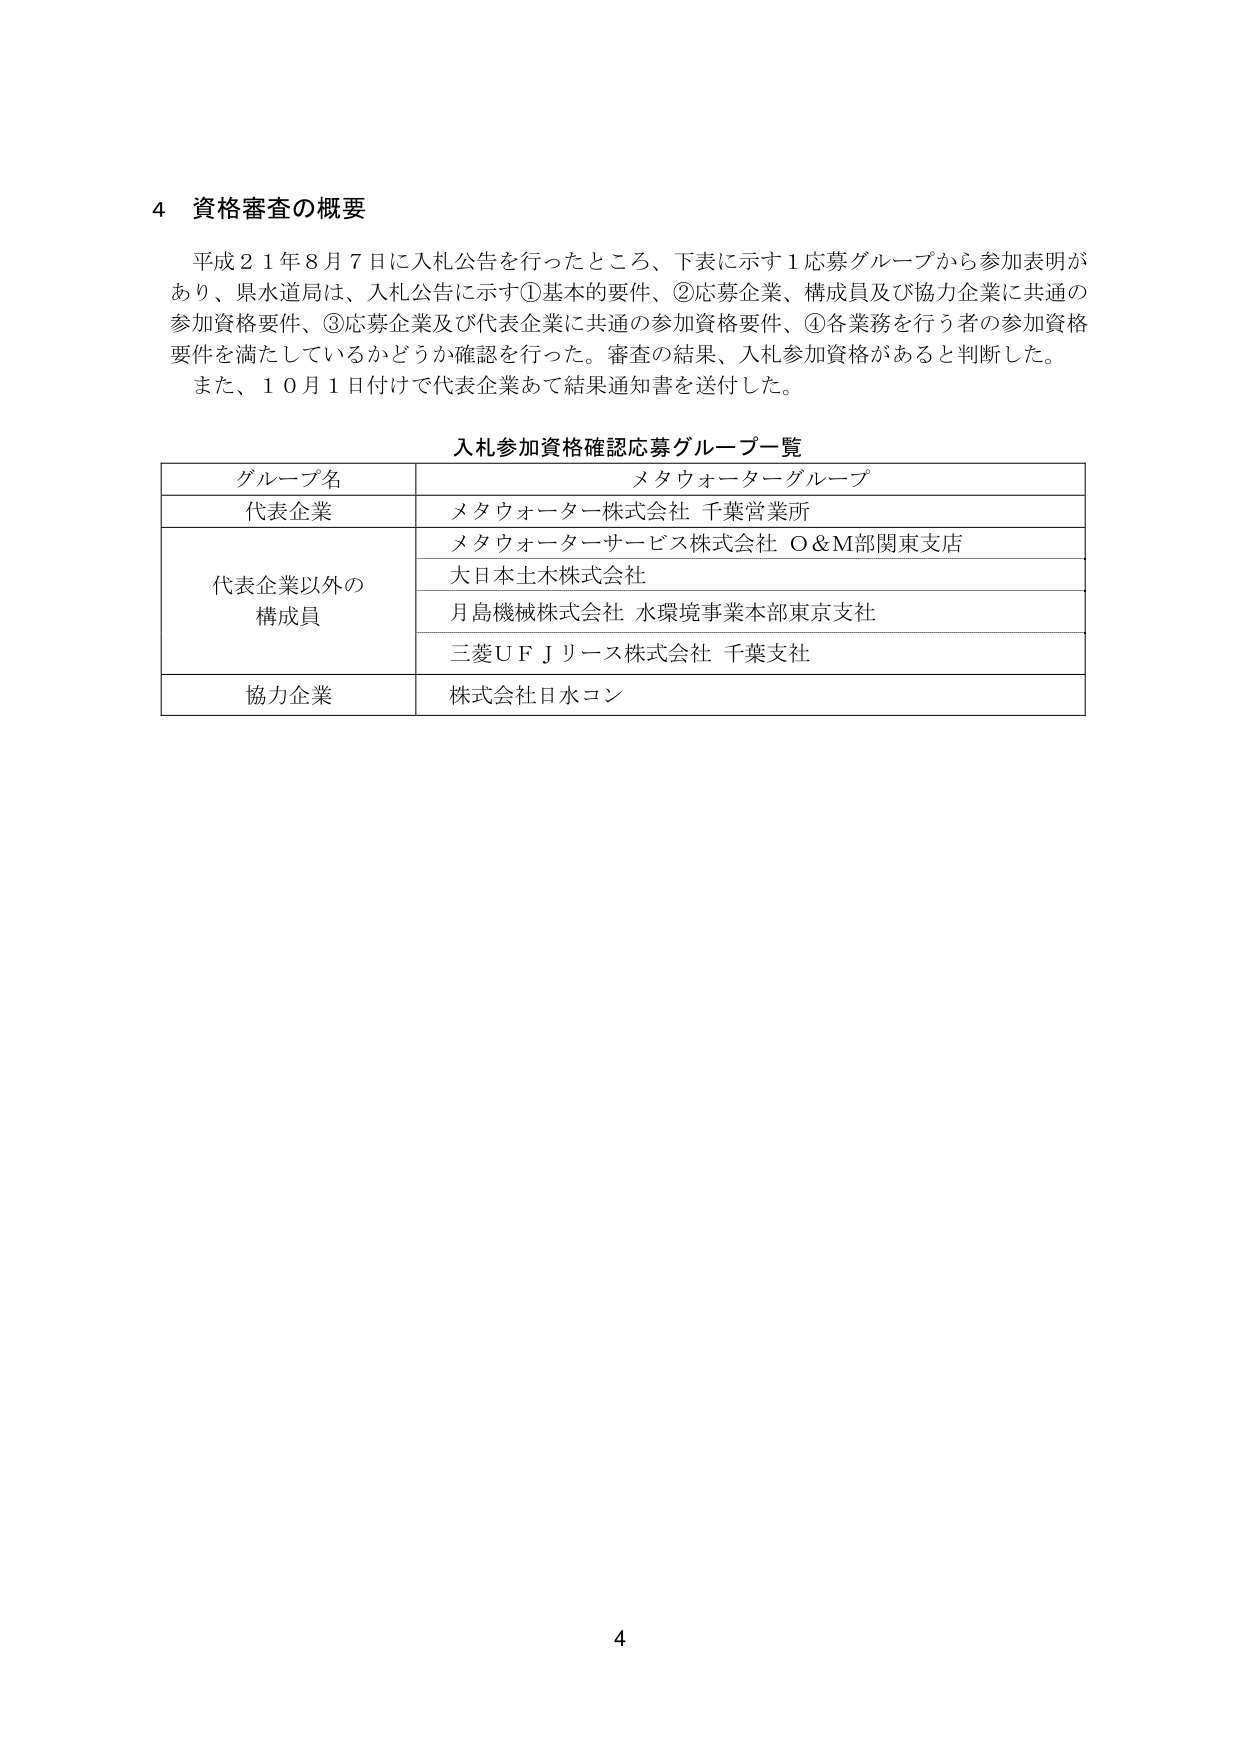
4 資格審査の概要

平成21年8月7日に入札公告を行ったところ、下表に示す1応募グループから参加表明があり、県水道局は、入札公告に示す①基本的要件、②応募企業、構成員及び協力企業に共通の参加資格要件、③応募企業及び代表企業に共通の参加資格要件、④各業務を行う者の参加資格要件を満たしているかどうか確認を行った。審査の結果、入札参加資格があると判断した。また、10月1日付けで代表企業あて結果通知書を送付した。

入札参加資格確認応募グループ一覧

グループ名 メタウォーターグループ
代表企業 メタウォーター株式会社 千葉営業所
代表企業以外の構成員 メタウォーターサービス株式会社 O&M部関東支店
大日本土木株式会社
月島機械株式会社 水環境事業本部東京支社
三菱UFJリース株式会社 千葉支社
協力企業 株式会社日水コン

4